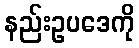
နည်းဥပဒေကို